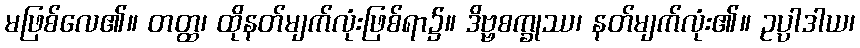
မဖြစ်လေ၏။ တတ္ထ၊ ထိုနတ်မျက်လုံးဖြစ်ရာ၌။ ဒိဗ္ဗစက္ခုဿ၊ နတ်မျက်လုံး၏။ ဥပ္ပါဒါယ၊